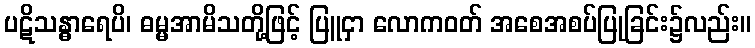
ပဋိသန္ဓာရေပိ၊ ဓမ္မအာမိသတို့ဖြင့် ပြူငှာ လောကဝတ် အစေအစပ်ပြုခြင်း၌လည်း။